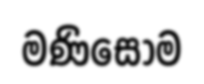
මණිසෝම